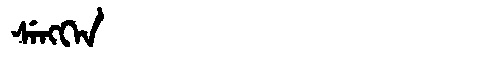
Manchu: ᠰᡝᠩᡴᡝᠨ
Romanization: SENGKEN